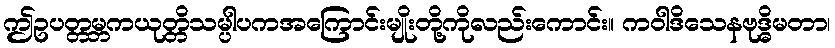
ဤဥပတ္တမ္ဘကယုတ္တိသမ္ပါပကအကြောင်းမျိုးတို့ကိုလည်းကောင်း။ ကဝါဒိသေနဗုဒ္ဓိမတာ၊